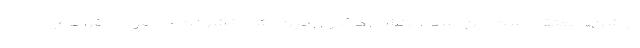
روشن» معتقد است این اسباب‌کشی دائمی زمین رشد خشونت در افراد را فراهم